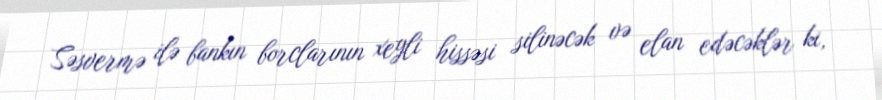
Səsvermə ilə bankın borclarının xeyli hissəsi silinəcək və elan edəcəklər ki,